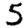
Digit: 5